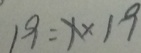
1 9 = x \times 1 9